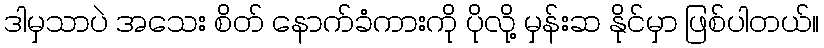
ဒါမှသာပဲ အသေး စိတ် နောက်ခံကားကို ပိုလို့ မှန်းဆ နိုင်မှာ ဖြစ်ပါတယ်။